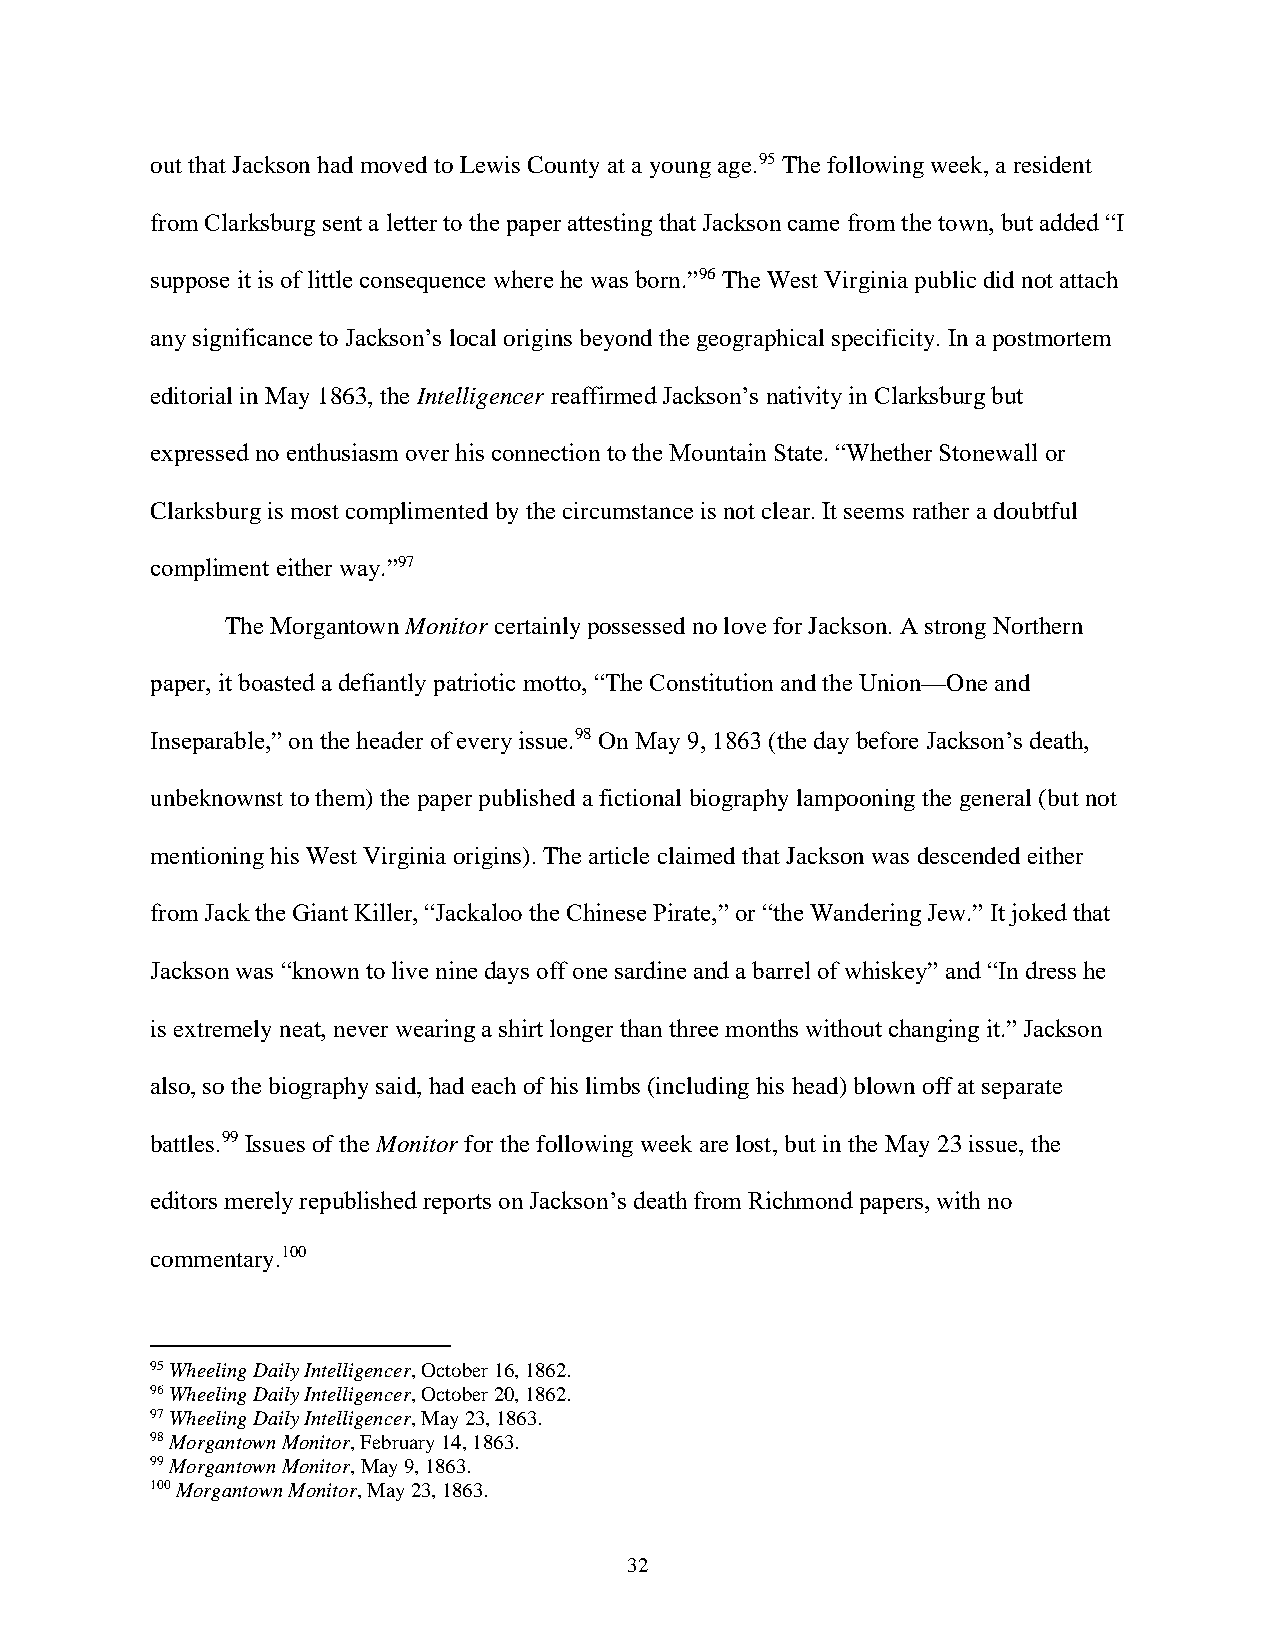
out that Jackson had moved to Lewis County at a young age.95 The following week, a resident
 from Clarksburg sent a letter to the paper attesting that Jackson came from the town, but added “I
 suppose it is of little consequence where he was born.”96 The West Virginia public did not attach
 any significance to Jackson’s local origins beyond the geographical specificity. In a postmortem
 editorial in May 1863, the Intelligencer reaffirmed Jackson’s nativity in Clarksburg but
 expressed no enthusiasm over his connection to the Mountain State. “Whether Stonewall or
 Clarksburg is most complimented by the circumstance is not clear. It seems rather a doubtful
 compliment either way.”97
 The Morgantown Monitor certainly possessed no love for Jackson. A strong Northern
 paper, it boasted a defiantly patriotic motto, “The Constitution and the Union—One and
 Inseparable,” on the header of every issue.98 On May 9, 1863 (the day before Jackson’s death,
 unbeknownst to them) the paper published a fictional biography lampooning the general (but not
 mentioning his West Virginia origins). The article claimed that Jackson was descended either
 from Jack the Giant Killer, “Jackaloo the Chinese Pirate,” or “the Wandering Jew.” It joked that
 Jackson was “known to live nine days off one sardine and a barrel of whiskey” and “In dress he
 is extremely neat, never wearing a shirt longer than three months without changing it.” Jackson
 also, so the biography said, had each of his limbs (including his head) blown off at separate
 battles.99 Issues of the Monitor for the following week are lost, but in the May 23 issue, the
 editors merely republished reports on Jackson’s death from Richmond papers, with no
 commentary.100
 95 Wheeling Daily Intelligencer, October 16, 1862.
 96 Wheeling Daily Intelligencer, October 20, 1862.
 97 Wheeling Daily Intelligencer, May 23, 1863.
 98 Morgantown Monitor, February 14, 1863.
 99 Morgantown Monitor, May 9, 1863.
 100 Morgantown Monitor, May 23, 1863.
 32